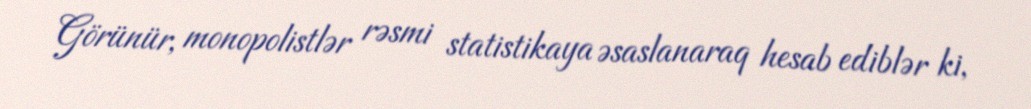
Görünür, monopolistlər rəsmi statistikaya əsaslanaraq hesab ediblər ki,